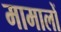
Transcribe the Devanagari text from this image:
मामालों